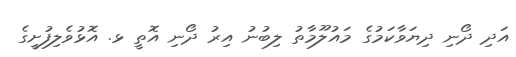
އަދި ދޯނި ދިޔަވާކަމުގެ މައުލޫމާތު ލިބުނު އިރު ދޯނި އޮތީ ޅ. އޮޅުވެލިފުށީގެ